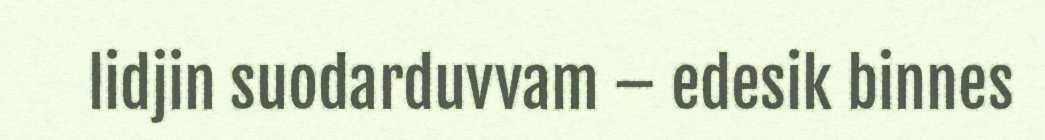
lidjin suodarduvvam – edesik binnes